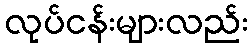
လုပ်ငန်းများလည်း